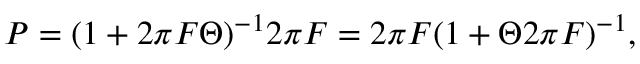
P = ( 1 + 2 \pi F \Theta ) ^ { - 1 } 2 \pi F = 2 \pi F ( 1 + \Theta 2 \pi F ) ^ { - 1 } ,